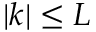
| k | \leq L